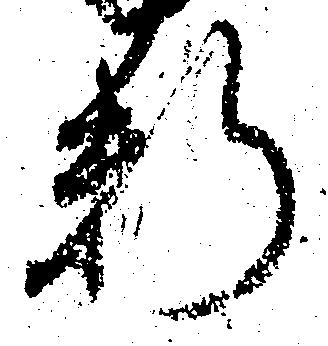
料